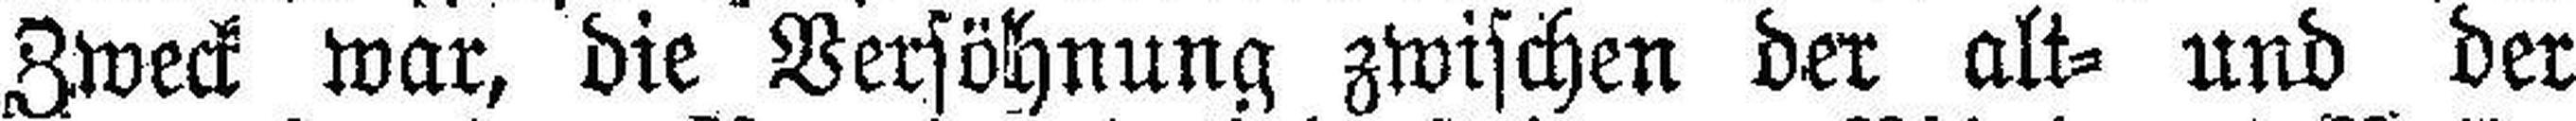
Zweck war, die Versöhnung zwischen der alt= und der